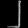
Digit: ၂